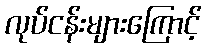
လုပ်ငန်းများကြောင့်